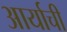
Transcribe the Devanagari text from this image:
आर्याची